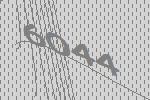
6044